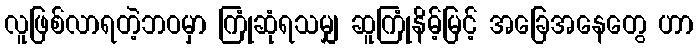
လူဖြစ်လာရတဲ့ဘဝမှာ ကြုံဆုံရသမျှ ဆူကြုံနိမ့်မြင့် အခြေအနေတွေ ဟာ